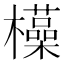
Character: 𮲽